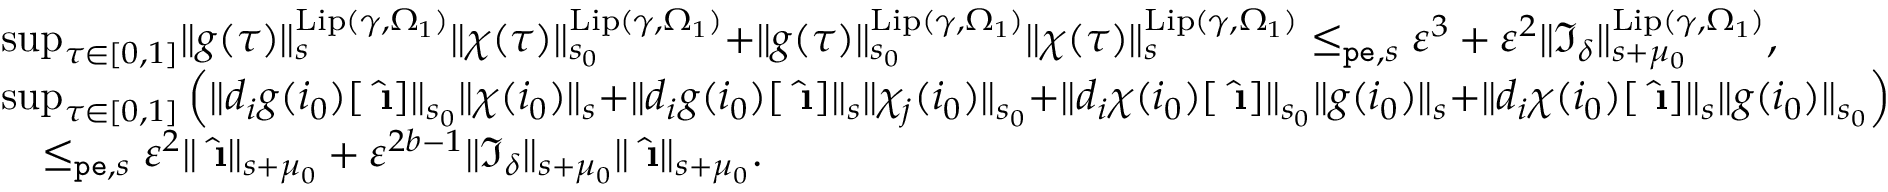
\begin{array} { r l } & { \operatorname* { s u p } _ { \tau \in [ 0 , 1 ] } \rVert g ( \tau ) \rVert _ { s } ^ { \mathrm { L i p } ( \gamma , \Omega _ { 1 } ) } \rVert \chi ( \tau ) \rVert _ { s _ { 0 } } ^ { \mathrm { L i p } ( \gamma , \Omega _ { 1 } ) } + \rVert g ( \tau ) \rVert _ { s _ { 0 } } ^ { \mathrm { L i p } ( \gamma , \Omega _ { 1 } ) } \rVert \chi ( \tau ) \rVert _ { s } ^ { \mathrm { L i p } ( \gamma , \Omega _ { 1 } ) } \le _ { \mathtt { p e } , s } \varepsilon ^ { 3 } + \varepsilon ^ { 2 } \rVert \mathfrak { I } _ { \delta } \rVert _ { s + \mu _ { 0 } } ^ { \mathrm { L i p } ( \gamma , \Omega _ { 1 } ) } , } \\ & { \operatorname* { s u p } _ { \tau \in [ 0 , 1 ] } \left( \rVert d _ { i } g ( i _ { 0 } ) [ \hat { \textbf { \i } } ] \rVert _ { s _ { 0 } } \rVert \chi ( i _ { 0 } ) \rVert _ { s } + \rVert d _ { i } g ( i _ { 0 } ) [ \hat { \textbf { \i } } ] \rVert _ { s } \rVert \chi _ { j } ( i _ { 0 } ) \rVert _ { s _ { 0 } } + \rVert d _ { i } \chi ( i _ { 0 } ) [ \hat { \textbf { \i } } ] \rVert _ { s _ { 0 } } \rVert g ( i _ { 0 } ) \rVert _ { s } + \rVert d _ { i } \chi ( i _ { 0 } ) [ \hat { \textbf { \i } } ] \rVert _ { s } \rVert g ( i _ { 0 } ) \rVert _ { s _ { 0 } } \right) } \\ & { \quad \le _ { \mathtt { p e } , s } \varepsilon ^ { 2 } \rVert \hat { \textbf { \i } } \rVert _ { s + \mu _ { 0 } } + \varepsilon ^ { 2 b - 1 } \rVert \mathfrak { I } _ { \delta } \rVert _ { s + \mu _ { 0 } } \rVert \hat { \textbf { \i } } \rVert _ { s + \mu _ { 0 } } . } \end{array}